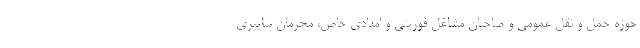
حوزه حمل و نقل عمومی و صاحبان مشاغل فوریتی و امدادی خاص، مجرمان سایبری